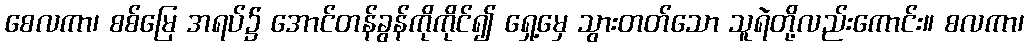
စေလကာ၊ စစ်မြေ အရပ်၌ အောင်တန်ခွန်ကိုကိုင်၍ ရှေ့မှေ သွားတတ်သော သူရဲတို့လည်းကောင်း။ စလကာ၊